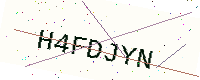
Text: H4FDJYN